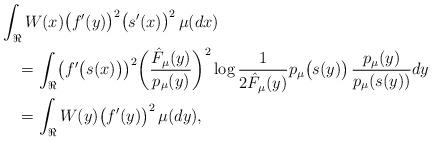
LaTeX: \begin{align*}& \int_{\Re}W(x)\bigl(f'(y)\bigr)^2\bigl(s'(x)\bigr)^2\, \mu(dx)\\&\quad= \int_{\Re}\bigl(f'\bigl(s(x)\bigr)\bigr)^2 \biggl({\hat F_\mu(y)\over p_\mu(y)} \biggr)^2\log{1\over2\hat F_\mu(y)}p_\mu\bigl(s(y)\bigr)\, {p_\mu(y)\over p_\mu(s(y))}dy\\&\quad=\int_{\Re}W(y) \bigl(f'(y)\bigr)^2\, \mu(dy),\end{align*}